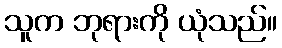
သူက ဘုရားကို ယုံသည်။